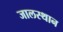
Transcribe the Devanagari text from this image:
जालस्थान